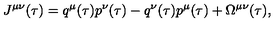
J ^ { \mu \nu } ( \tau ) = q ^ { \mu } ( \tau ) p ^ { \nu } ( \tau ) - q ^ { \nu } ( \tau ) p ^ { \mu } ( \tau ) + \Omega ^ { \mu \nu } ( \tau ) ,